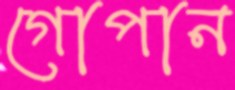
গোপান